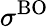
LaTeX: \sigma^{\mathrm{BO}}